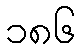
၁၈၆